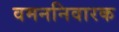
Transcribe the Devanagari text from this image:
वमननिवारक